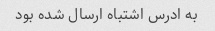
به ادرس اشتباه ارسال شده بود